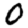
Digit: 0